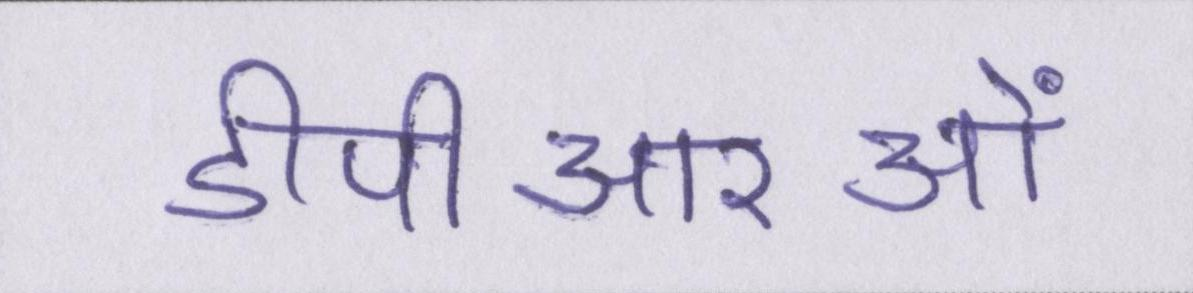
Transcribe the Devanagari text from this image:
डीपीआरओं